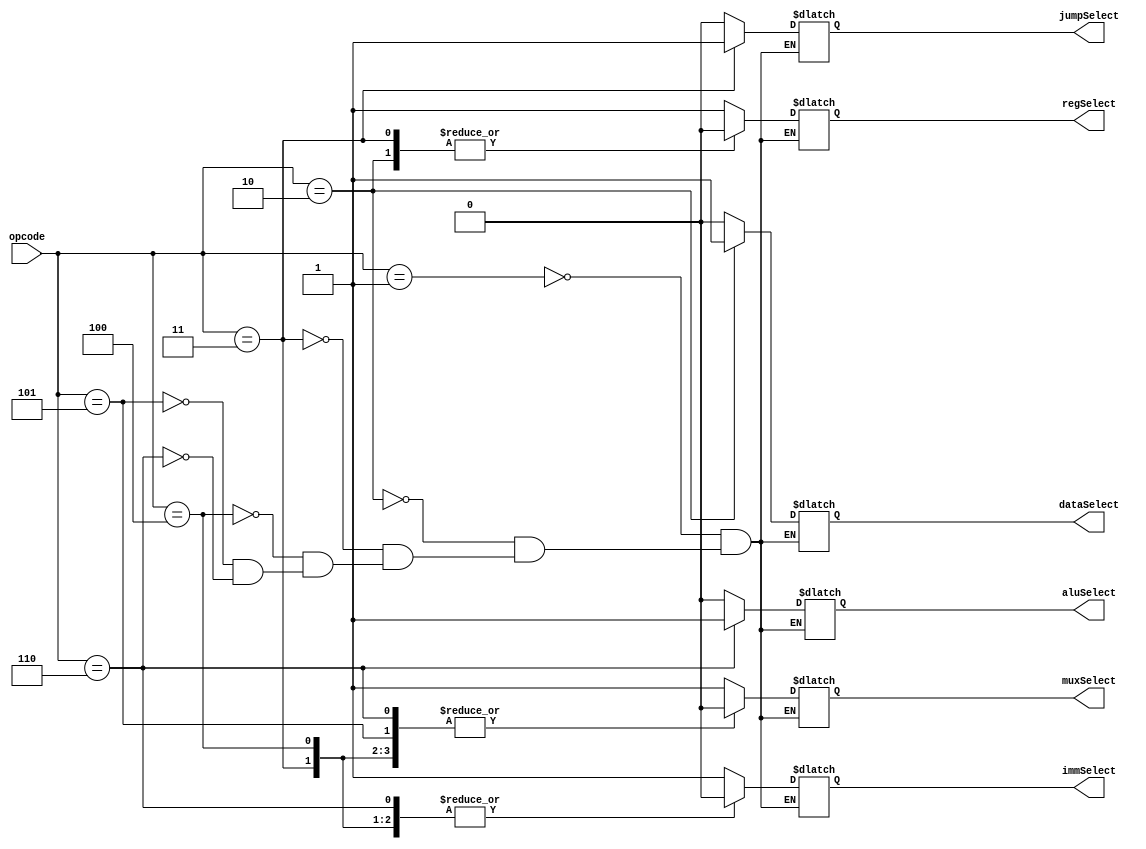
/* ***************************************************************\
| Name of program :
| Author: 
| Date Created:
| Date last updated:
| Function:
| Modules:
\****************************************************************/

`timescale 1ns / 1ps

module control_unit(aluSelect, regSelect, immSelect, dataSelect, muxSelect, jumpSelect, opcode);
  
  input [2:0] opcode;
  output reg aluSelect;
  output reg regSelect;
  output reg immSelect;
  output reg dataSelect;
  output reg muxSelect;
  output reg jumpSelect;
  
  initial begin
    aluSelect = 0;
    regSelect = 0;
    immSelect = 0;
    dataSelect = 0;
    muxSelect = 0;
    jumpSelect = 0;
  end
  
  //001 lw - 00 
  //010 sw - 0
  //011 jump
  //100 add
  //101 addi
  //110 sub
  always @(*)
    begin
    case(opcode)
      3'b001: begin // lw
        aluSelect = 1'b0;
        regSelect = 1'b1;
        immSelect = 1'b1;
        dataSelect = 1'b0;
        muxSelect = 1'b1; // if muxSelect is 1, use data_memory
        jumpSelect = 1'b0;
      end
      3'b010: begin // sw
        aluSelect = 1'b0;
        regSelect = 1'b0;
        immSelect = 1'b1;
        dataSelect = 1'b1;
        muxSelect = 1'b1;
        jumpSelect = 1'b0;
      end
      3'b011: begin // jump
        aluSelect = 1'b0;
        regSelect = 1'b0;
        immSelect = 1'b0;
        dataSelect = 1'b0;
        muxSelect = 1'b0;
        jumpSelect = 1'b1;
      end
      3'b100: begin // add
        aluSelect = 1'b0;
        regSelect = 1'b1;
        immSelect = 1'b0;
        dataSelect = 1'b0;
        muxSelect = 1'b0; // if muxSelect is 0, use alu_out
        jumpSelect = 1'b0;
      end
      3'b101: begin // addi
        aluSelect = 1'b0;
        regSelect = 1'b1;
        immSelect = 1'b1;
        dataSelect = 1'b0; 
        muxSelect = 1'b0; 
        jumpSelect = 1'b0;
      end
      3'b110: begin // sub
        aluSelect = 1'b1;
        regSelect = 1'b1;
        immSelect = 1'b0;
        dataSelect = 1'b0; 
        muxSelect = 1'b0;
        jumpSelect = 1'b0;
      end
    endcase
  end
endmodule